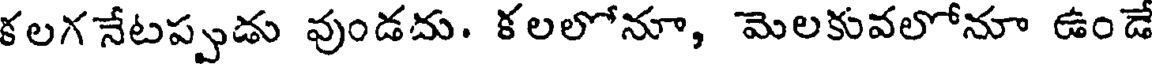
కలగనేటప్పుడు వుండదు. కలలోనూ, మెలకువలోనూ ఉండే